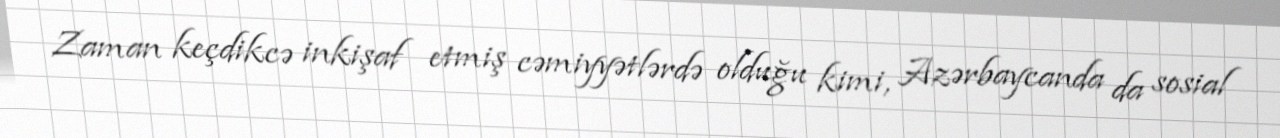
Zaman keçdikcə inkişaf etmiş cəmiyyətlərdə olduğu kimi, Azərbaycanda da sosial